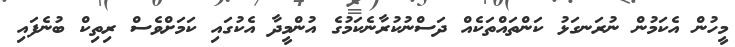
މީހުން އެކަމުން ނުރަނގަޅު ކަންތައްތަކެއް ދަސްނުކުރާނެކަމުގެ އުންމީދާ އެކުގައި ކަމަށްވެސް ރިތިކް ބުނެފައި